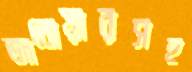
জানোয়ারসহ